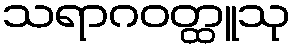
သရာဂဝတ္ထူသု